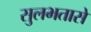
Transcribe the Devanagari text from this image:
सुलभतासे